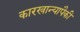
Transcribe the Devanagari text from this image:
कारखान्यापैकी